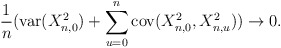
\begin{align*}\frac{1}{n}(\mathrm{var}(X_{n,0}^{2})+\sum_{u=0}^{n}\mathrm{cov}(X_{n,0}^{2},X_{n,u}^{2}))\rightarrow0. \end{align*}